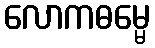
လောကဓမ္မေ